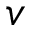
v